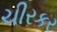
ચીરકર